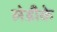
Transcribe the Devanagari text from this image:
लेडीके